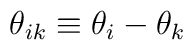
\theta _{ik}\equiv \theta _{i}-\theta _{k}